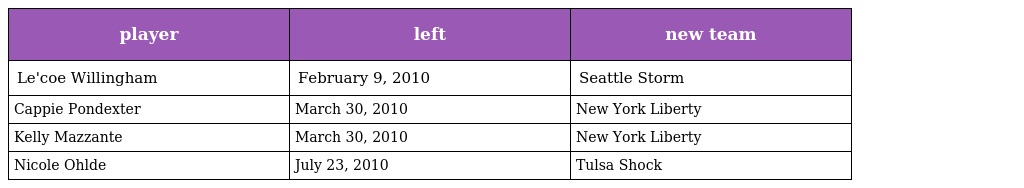
| player | left | new team |
 | --- | --- | --- |
 | Le'coe Willingham | February 9, 2010 | Seattle Storm |
 | Cappie Pondexter | March 30, 2010 | New York Liberty |
 | Kelly Mazzante | March 30, 2010 | New York Liberty |
 | Nicole Ohlde | July 23, 2010 | Tulsa Shock |